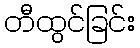
တီထွင်ခြင်း